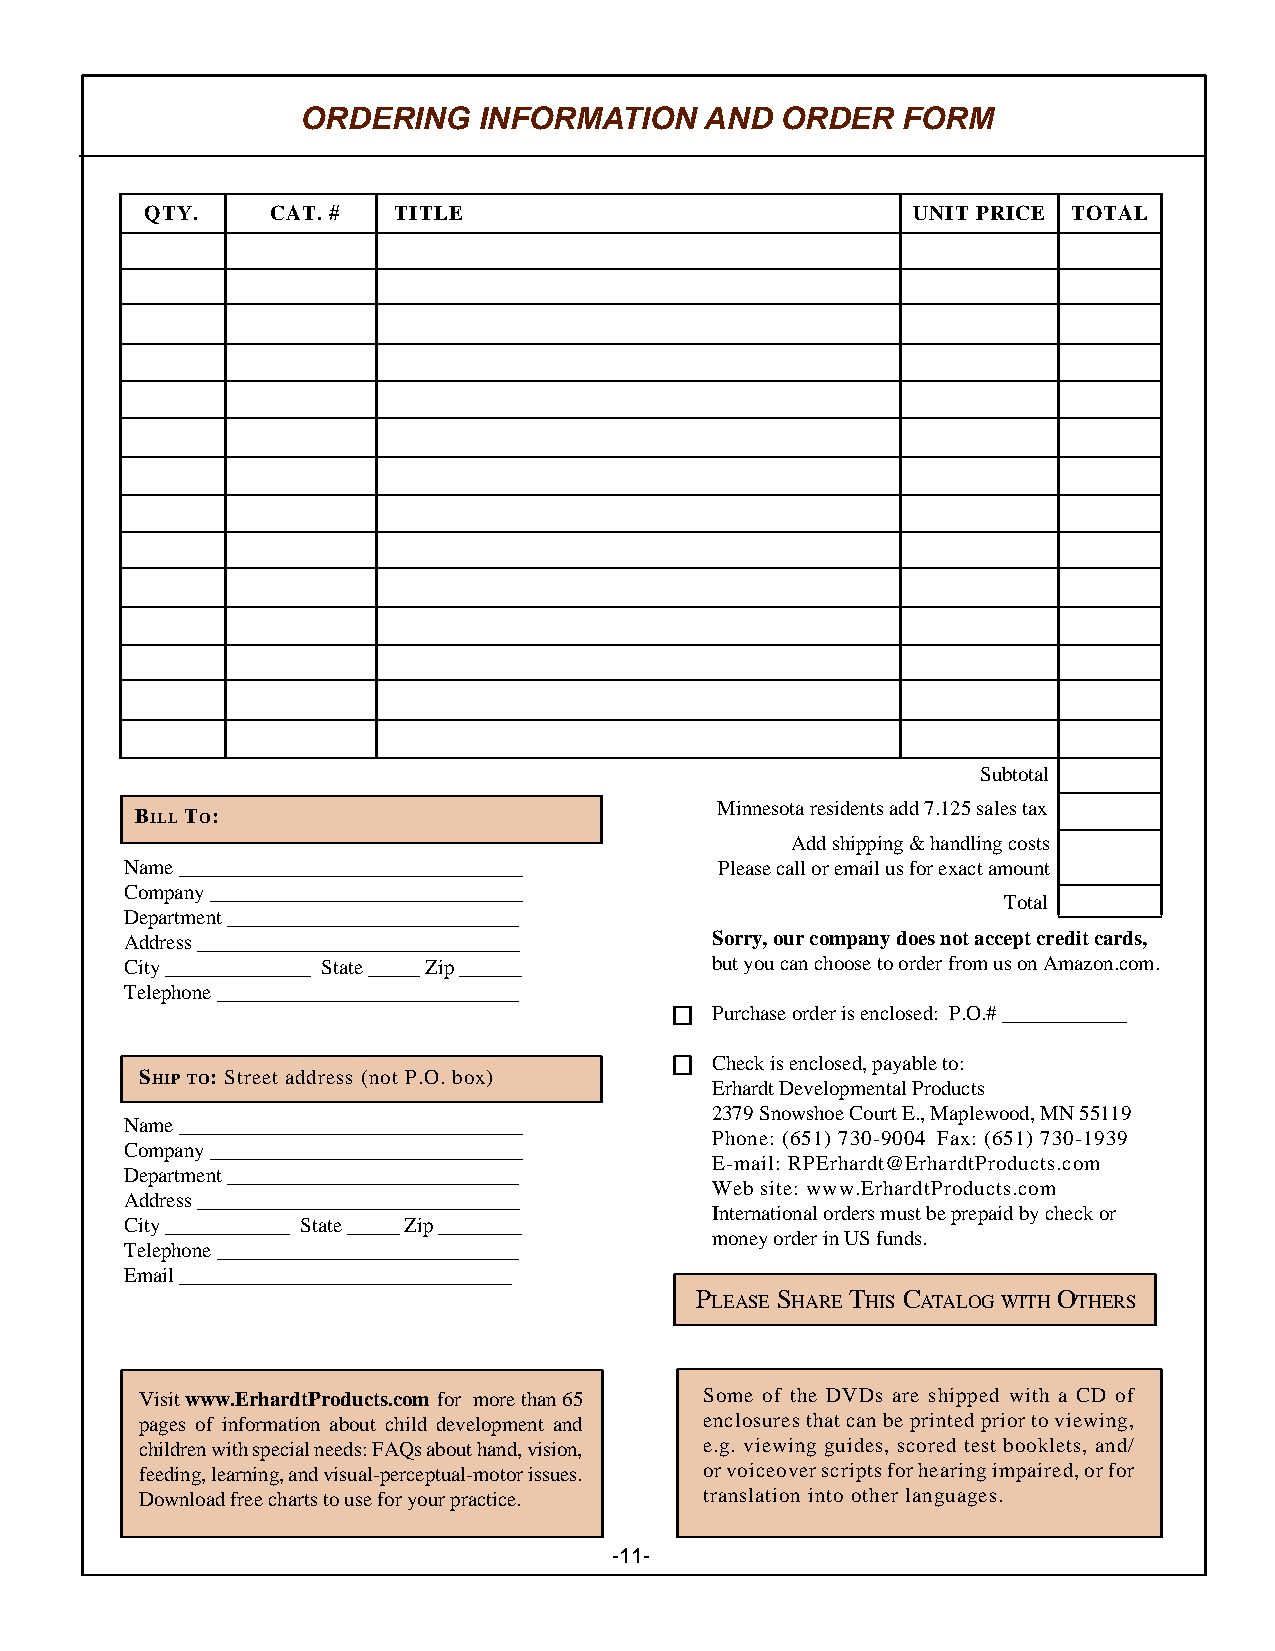
ORDERING    INFORMATION    AND  ORDER   FORM
 QTY.    CAT. #  TITLE                             UNIT PRICE TOTAL
 Subtotal
 Minnesota residents add 7.125 sales tax
 BILL TO:
 Add shipping & handling costs
 Name _________________________________  Please call or email us for exact amount
 Company ______________________________
 Total
 Department ____________________________
 Address _______________________________ Sorry, our company does not accept credit cards,
 City ______________ State _____ Zip ______ but you can choose to order from us on Amazon.com.
 Telephone _____________________________
 Purchase order is enclosed: P.O.# ____________
 Check is enclosed, payable to:
 SHIP TO: Street address (not P.O. box)
 Erhardt Developmental Products
 2379 Snowshoe Court E., Maplewood, MN 55119
 Name _________________________________
 Phone: (651) 730-9004 Fax: (651) 730-1939
 Company ______________________________
 E-mail: RPErhardt@ErhardtProducts.com
 Department ____________________________
 Web site: www.ErhardtProducts.com
 Address _______________________________
 International orders must be prepaid by check or
 City ____________ State _____ Zip ________
 money order in US funds.
 Telephone _____________________________
 Email ________________________________
 P    S    T   C         O
 LEASE HARE HIS ATALOG WITH THERS
 Visit www.ErhardtProducts.com for more than 65 Some of the DVDs are shipped with a CD of
 pages of information about child development and enclosures that can be printed prior to viewing,
 children with special needs: FAQs about hand, vision, e.g. viewing guides, scored test booklets, and/
 feeding, learning, and visual-perceptual-motor issues. or voiceover scripts for hearing impaired, or for
 Download free charts to use for your practice. translation into other languages.
 -11-